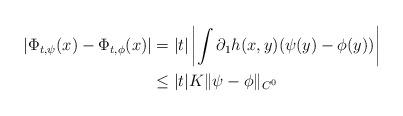
LaTeX: \begin{align*} \left| \Phi_{t,\psi}(x)-\Phi_{t,\phi}(x) \right|&=|t|\left| \int\partial_1h(x,y)(\psi(y)-\phi(y)) \right|\\ &\le |t| K\|\psi-\phi\|_{C^0} \end{align*}